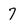
Character: 7